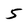
Character: 5